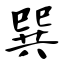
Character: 巽